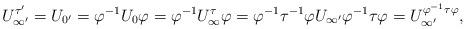
LaTeX: \begin{align*} U_{\infty'}^{\tau'} = U_{0'} = \varphi^{-1} U_0 \varphi = \varphi^{-1} U_\infty^\tau \varphi = {\varphi^{-1} \tau^{-1} \varphi}U_{\infty'} {\varphi^{-1} \tau \varphi} = U_{\infty'}^{\varphi^{-1} \tau \varphi} , \end{align*}